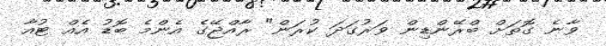
ވާނެ ގޮތަށް ބްރޭންޑިން ވަރުގަދަ ކުރަން" ރާއްޖޭގެ އެންމެ ބޮޑު އެއް ޓުއާ